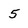
Character: 5